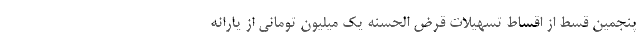
پنجمین قسط از اقساط تسهیلات قرض الحسنه یک میلیون تومانی از یارانه